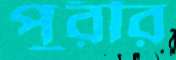
পুরীর